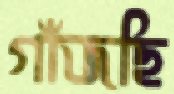
গাঁজছি